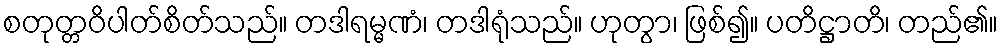
စတုတ္တဝိပါတ်စိတ်သည်။ တဒါရမ္မဏံ၊ တဒါရုံသည်။ ဟုတွာ၊ ဖြစ်၍။ ပတိဋ္ဌာတိ၊ တည်၏။